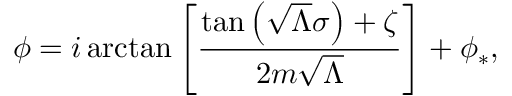
\phi = i \arctan \left[ \frac { \tan \left( \sqrt { \Lambda } \sigma \right) + \zeta } { 2 m \sqrt { \Lambda } } \right] + \phi _ { * } ,